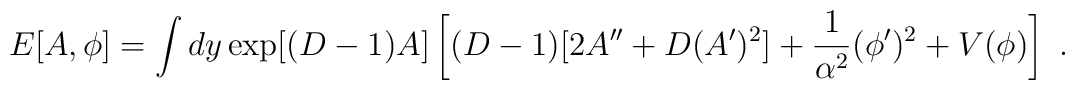
E[A,\phi]=\int dy \exp[(D-1)A]\left[(D-1)[2A^{\prime\prime}+D(A^\prime)^2] +{1\over \alpha^2}(\phi^\prime)^2 +V(\phi)\right]~.